Lock hospitals Punjab
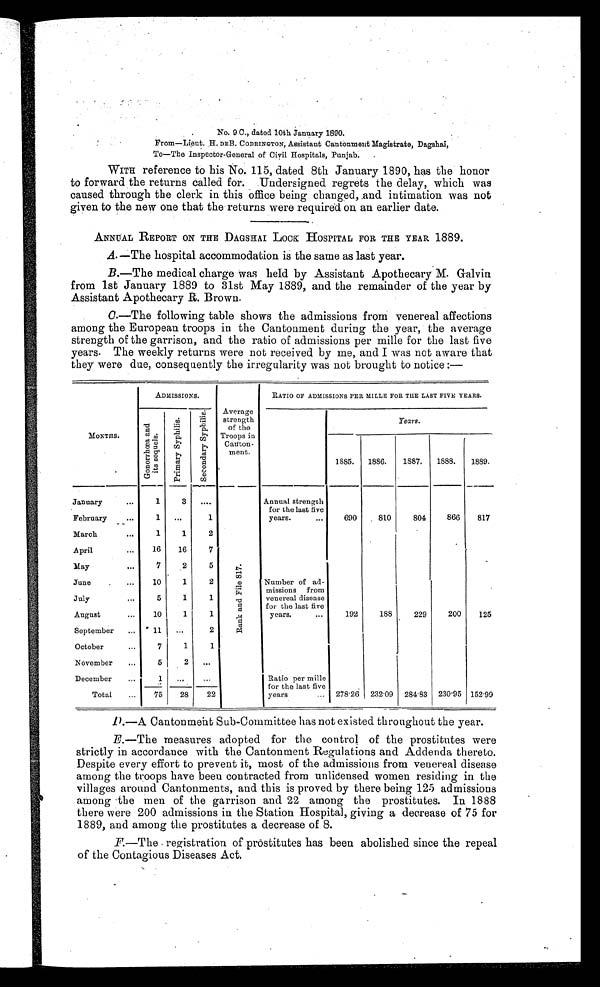
No. 9 C., dated 10th January 1890.
From—Lieut. H. DEB. CODRINGTON, Assistant Cantonment Magistrate, Dagshai,
To—The Inspector-General of Civil Hospitals, Punjab.
.
WITH reference to his No. 115, dated 8th January 1890, has the honor
to forward the returns called for.Undersigned regrets the delay, which was
caused through the clerk in this office being changed, and intimation was not
given to the new one that the returns were required on an earlier date.
ANNUAL REPORT ON THE DAGSHAI LOCK HOSPITAL FOR THE YEAR 1889.
A.—The hospital accommodation is the same as last year.
B.—The medical charge was held by Assistant Apothecary M. Galvin
from 1st January 1889 to 31st May 1889, and the remainder of the year by
Assistant Apothecary R. Brown.
C.—The following table shows the admissions from venereal affections
among the European troops in the Cantonment during the year, the average
strength of the garrison, and the ratio of admissions per mille for the last five
years. The weekly returns were not received by me, and I was not aware that
they were due, consequently the irregularity was not brought to notice :—
ADMISSIONS.
Average
strength
of the
Troops in
Cauton-
ment.
RATIO OF ADMISSIONS PER MILLE FOR THE LAST FIVE YEARS.
MONTHS.
G o n o r r h o e a a n d i t s s e q u e l s .
P r i m a r y S y p h i l i s .
S e c o n d a r y S y p h i l i s .
Years.
1885. 1886.
1887.
1888.
1889.
January
...
1
3 ...
R a n k a n d F i l e 8 1 7 .
Annual strength
for the last five
years.
. . .
690
810
804
866
817
February...
1 ...
1
March
...
1
1
2
Number of ad- .
missions from
venereal disease
for the last five
years.
...
.
April
...
16
16
7
May
...
7
2
5
June
.
...
10
1
2
July
...
5
1
1
August
...
10
1
1
192
188 229
200
125
September ...
11
...
2
Ratio per mille
for the last five
years
...
October
...
7
1
1
November
...
5
2
. . .
December
75
28
22
Total
278.26 232.09 284.83 230.95 152.99
.1).—A Cantonment Sub-Committee has not existed throughout the year.
E.—The measures adopted for the control of the prostitutes were
strictly in accordance with the Cantonment Regulations and Addenda thereto.
Despite every effort to prevent it, most of the admissions from venereal disease
among the troops have been contracted from unlicensed women residing in the
villages around Cantonments, and this is proved by there being 125 admissions
among the men of the garrison and 22 among the prostitutes. In 1888
there were 200 admissions in the Station Hospital, giving a decrease of 75 for
1889, and among the prostitutes a decrease of 8.
F.—The . registration of prostitutes has been abolished since the repeal
of the Contagious Diseases Act.